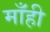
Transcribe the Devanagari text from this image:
माँही